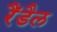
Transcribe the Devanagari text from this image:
रैंडैल